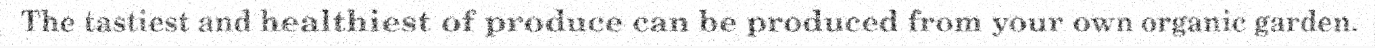
The tastiest and healthiest of produce can be produced from your own organic garden.